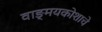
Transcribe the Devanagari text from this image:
वाङ्मयकोशाचे